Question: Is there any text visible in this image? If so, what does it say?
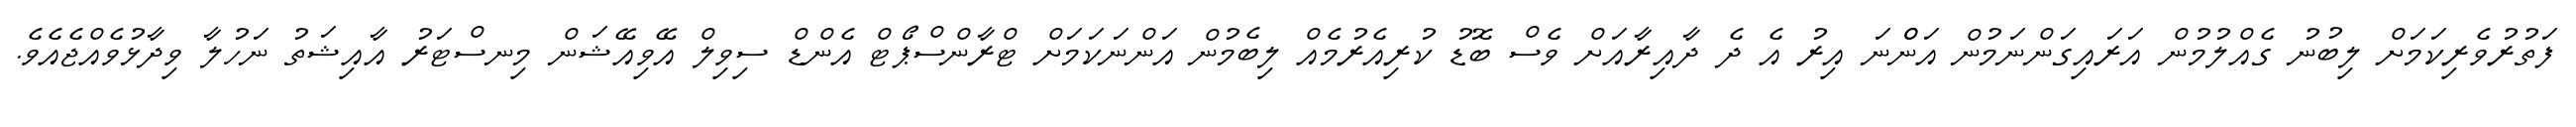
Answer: ފަތުރުވެރިކަމަށް ލިބުނު ގެއްލުމުން އަރައިގަންނަމުން އަންްނަ އިރު އެ ދެ ދާއިރާއަށް ވެސް ބޮޑު ކުރިއެރުމެއް ލިބެމުން އަންނަކަމަށް ޓްރާންސްޕޯޓް އެންޑް ސިވިލް އޭވިއޭޝަން މިނސްޓަރު އާއިޝަތު ނަހުލާ ވިދާޅުވެއްޖެއެވެ.